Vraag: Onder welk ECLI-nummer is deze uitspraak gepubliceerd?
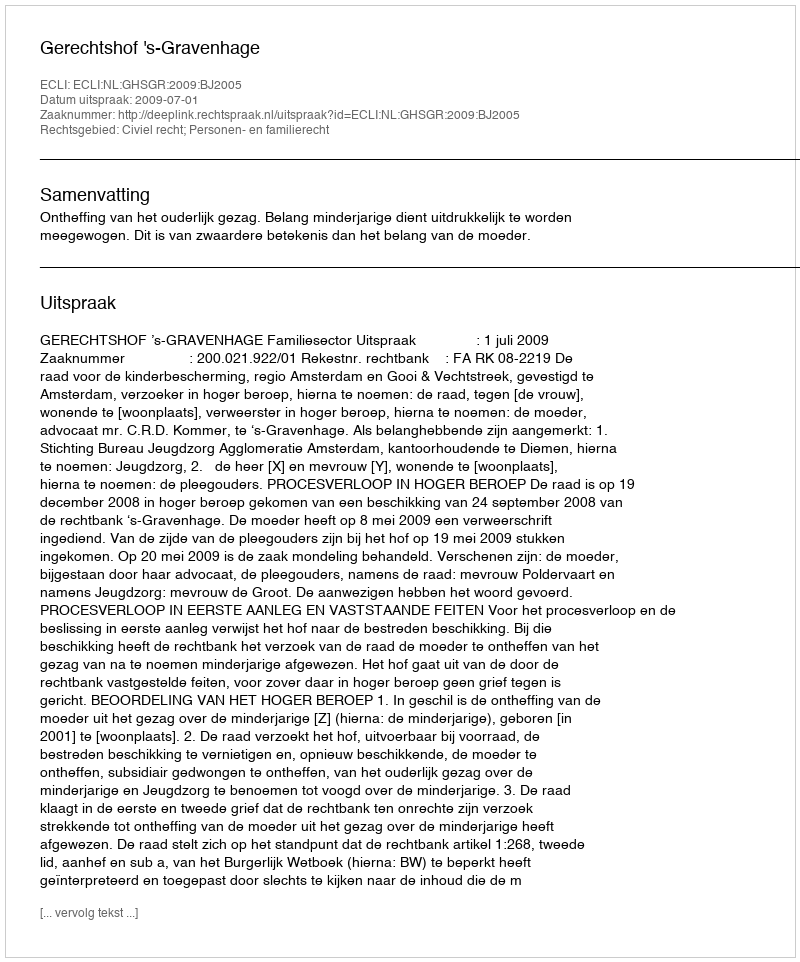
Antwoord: ECLI:NL:GHSGR:2009:BJ2005